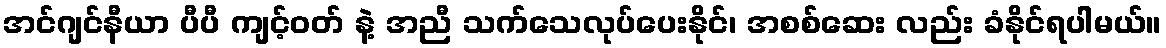
အင်ဂျင်နီယာ ပီပီ ကျင့်ဝတ် နဲ့ အညီ သက်သေလုပ်ပေးနိုင်၊ အစစ်ဆေး လည်း ခံနိုင်ရပါမယ်။